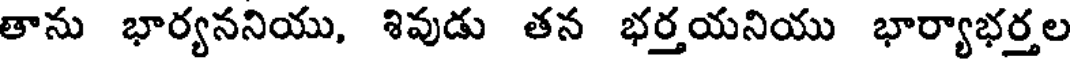
తాను భార్యననియు, శివుడు తన భర్తయనియు భార్యాభర్తల